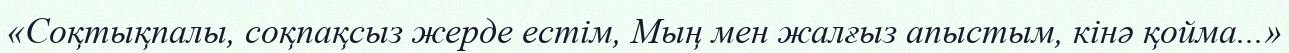
«Соқтықпалы, соқпақсыз жерде естім, Мың мен жалғыз апыстым, кінә қойма...»